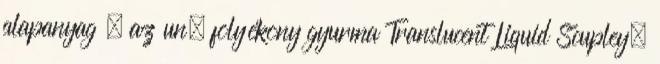
alapanyag , az un. folyékony gyurma Translucent Liquid Scupley=